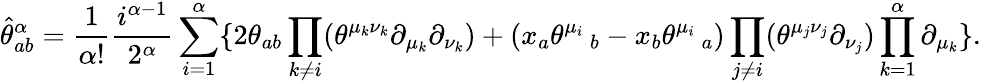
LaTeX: \widehat{\theta}_{ab}^{\alpha}=\frac{1}{\alpha!}\frac{i^{\alpha-1}}{2^{\alpha}}\sum_{i=1}^{\alpha}\{ 2\theta_{ab}\prod_{k\ne i}(\theta^{\mu_{k}\nu_{k}}\partial_{\mu_{k}}\partial_{\nu_{k}})+(x_{a}\theta^{\mu_{i}}\, _{b}-x_{b}\theta^{\mu_{i}}\, _{a})\prod_{j\ne i}(\theta^{\mu_{j}\nu_{j}}\partial_{\nu_{j}})\prod_{k=1}^{\alpha}\partial_{\mu_{k}}\} .